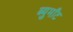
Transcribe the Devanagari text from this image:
ब्युमाँट